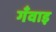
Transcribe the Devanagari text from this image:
गँवाइ